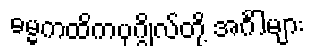
ဓမ္မကထိကပုဂ္ဂိုလ်တို့ အင်္ဂါများ